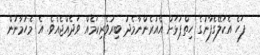
ފަހެ އެކަލޭގެފާނުގެ ހިތްޕުޅަށް އެއުރެންނާމެދު ބިރުވެރިކަމެއް ވަދެއްޖެއެވެ. އެ މެހުމާނުން